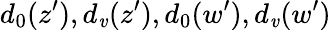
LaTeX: {d_{0}(z^{\prime}),d_{\mathit{v}}(z^{\prime}),d_{0}(w^{\prime}),d_{\mathit{v}}(w^{\prime})}